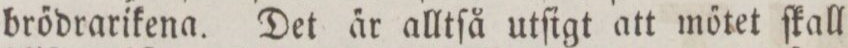
brődrarikena. Det a̋r alltſå utſigt att mőtet ſkall